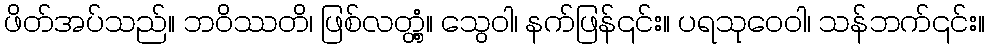
ဖိတ်အပ်သည်။ ဘဝိဿတိ၊ ဖြစ်လတ္တံ့။ သွေဝါ၊ နက်ဖြန်၎င်း။ ပရသုဝေဝါ၊ သန်ဘက်၎င်း။